Report of the Bombay Plague Committee
Disease focus: Plague
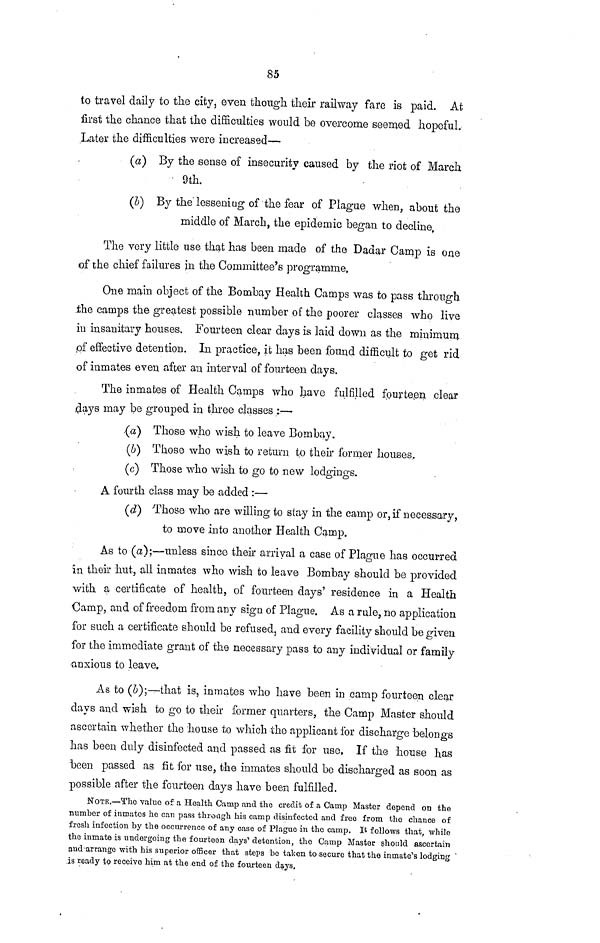
85
to travel daily to the city, even though their railway fare is paid. At
first the chance that the difficulties would be overcome seemed hopeful.
Later the difficulties were increased—
(a) By the sense of insecurity caused by the riot of March
9th.
(b) By the lesseniüg of the fear of Plague when, about the
middle of March, the epidemic began to decline.
The very little use that has been made of the Dadar Camp is one
of the chief failures in the Committee's programme,
One main object of the Bombay Health Camps was to pass through
the camps the greatest possible- number of the poorer classes who live
in insanitary houses. Fourteen clear days is laid down as the minimum
of effective detention. In practice, it has been found difficult to get rid
of inmates even after an interval of fourteen clays.
The inmates of Health Camps who have fulfilled fourteen clear
days may be grouped in three classes :—
(a) Those who wish to leave Bombay.
(δ) Those who wish to return to their former houses.
(c) Those who wish to go to new lodgings.
A fourth class may be added :—
(d) Those who are willing to stay in the camp or, if necessary,
to move into another Health Camp.
As to (a);—unless since their arrival a case of Plague has occurred
in their hut, all inmates who wish to leave Bombay should be provided
with a certificate of health, of fourteen days' residence in a Health
Camp, and of freedom from any sign of Plague. As a rule, no application
for such a certificate should be refused, and every facility should be given
for the immediate grant of the necessary pass to any individual or family
anxious to leave.
As to (b);—that is, inmates who have been in camp fourteen clear
days and wish to go to their former quarters, the Camp Master should
ascertain whether the house to which the applicant for discharge belongs
has been duly disinfected and passed as fit for use, If the house has
been passed as fit for use, the inmates should bo discharged as soon as
possible after the fourteen days have been fulfilled.
NOTE.—Tho value of a Health Camp and the credit of a Camp Master depend on the
number of inmates ho can pass through his camp disinfected and free from the chance of
fresh infection by the occurrence of any case of Plague in the camp. It follows that, while
the inmate is undergoing the fourteen days' detention, the Camp Master should ascertain
and arrange with his superior officer that steps bo taken to secure that the inmate's lodging
is ready to receive him at the end of the fourteen days.